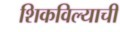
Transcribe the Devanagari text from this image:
शिकविल्याची